Civil Veterinary Dept. Assam report 1911-1927 - 1911-1927
Year: 1911
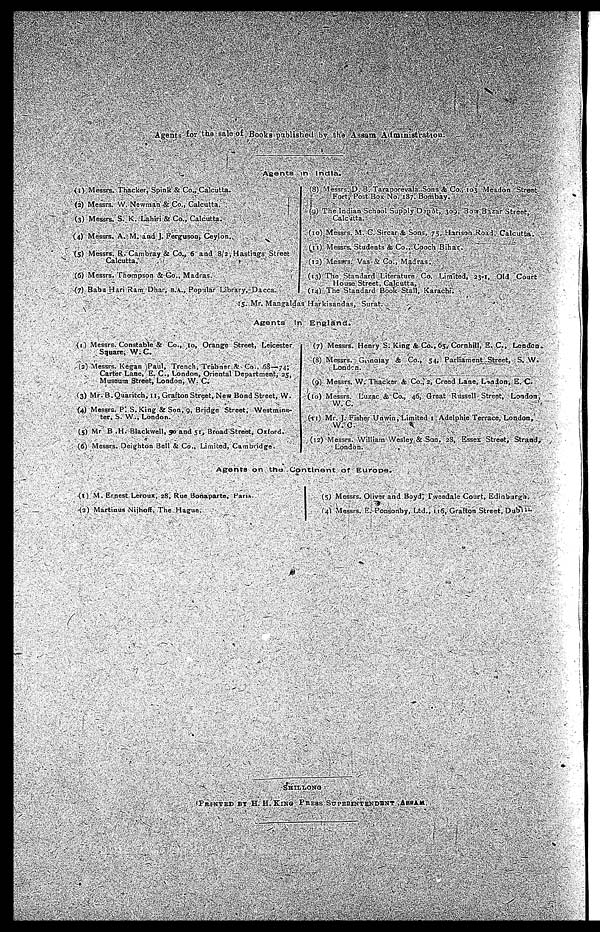
Agents for the sale of Books published by the Assam Administration.
Agents in India.
(1) Messrs. Thacker, Spink & Co., Calcutta.
(2) Messrs. W. Newman & Co., Calcutta.
(3) Messrs. S. K. Lahiri & Co., Calcutta.
(4) Messrs. A. M. and J. Ferguson, Ceylon.
(5) Messrs. R. Cambray & Co., 6 and 8/2, Hastings Street
Calcutta.
(6) Messrs. Thompson & Go., Madras.
(7) Babu Hari Ram Dhar, B.A., Popular Library, Dacca.
(8) Messrs. D. B. Taraporevala Sons & Co., 103 Meadon Street
Fort, Post Box No. 187. Bombay.
(9) The Indian School Supply Depôt, 309, Bow Bazar Street,
Calcutta.
(10) Messrs. M. C. Sircar & Sons, 75, Harison Road, Calcutta.
(11) Messrs. Students & Co., Cooch Bihar.
(12) Messrs. Vas & Co., Madras.
(13) The Standard Literature Co. Limited, 33-1, Old Court
House Street, Calcutta,
(14) The Standard Book Stall, Karachi.
15. Mr. Mangaldas Harkisandas, Surat.
Agents
In England.
(1) Messrs. Constable & Co., to, Orange Street, Leicester
Square, W. C.
(2) Messrs. Kegan Paul, Trench, Trubner & Co.. 65—74;
Carter Lane, E. C, London, Oriental Department, 25,
Museum Street, London, W. C.
(3) Mr. B. Quaritch, 11, Grafton Street, New Bond Street, W.
(4) Messrs. P: S.King & Son, 9, Bridge Street, Westmins-
ter, S. W., London.
(5) Mr B .H. Blackwell, 90 and 5:, Broad Street, Oxford.
(6) Messrs. Deighton Bell & Co., Limited, Cambridge.
(7) Messrs. Henry S. King & Co., 65, Cornhill, E. C, London.
(8) Messrs. Gnnolay & Co., 54, Parliament Street, S. W.
Londcn.
(9) Messrs. W. Thacker & Co., 2, Creed Lane, London, E. C.
(10) Messrs. Luzac & Co., 46, Great Russell Street, London,
W. C.
(11) Mr. J. Fisher Unwin, Limited 1 Adelphie Terrace, London,
W. C.
(12) Messrs. William Wesley & San. 28, Essex Street, Strand,
London.
Agents on the Continent of Europe.
(1) M. Ernest Leroux, 28, Rue Bonaparte, Han.
(2) Martinus Nijhoff. The Hague.
(3) Messrs. Oliver and Boyd, Tweedale Court, Edinburgh,
(4) Messrs. E. Ponsonby, Ltd., 116, Grafton Street, Dubl* 1
SHILIONG :
PRINTED BY H. H.KlNG PRESS SUPERINTENDENT AMAB.